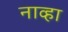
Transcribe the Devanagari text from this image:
नाव्हा